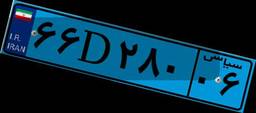
۶۶D۲۸۰۰۶